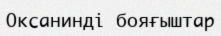
Оксанинді бояғыштар